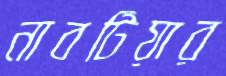
নাবটিয়ার